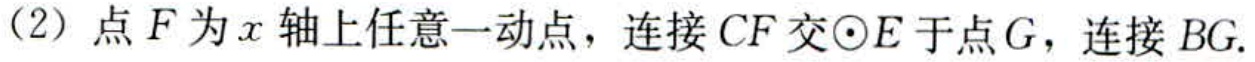
（2）点\(F\)为\(x\)轴上任意一动点，连接\(CF\)交\(\odot E\)于点\(G\)，连接\(BG\).